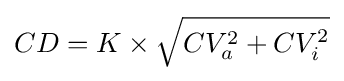
CD=K\times {\sqrt {CV_{a}^{2}+CV_{i}^{2}}}